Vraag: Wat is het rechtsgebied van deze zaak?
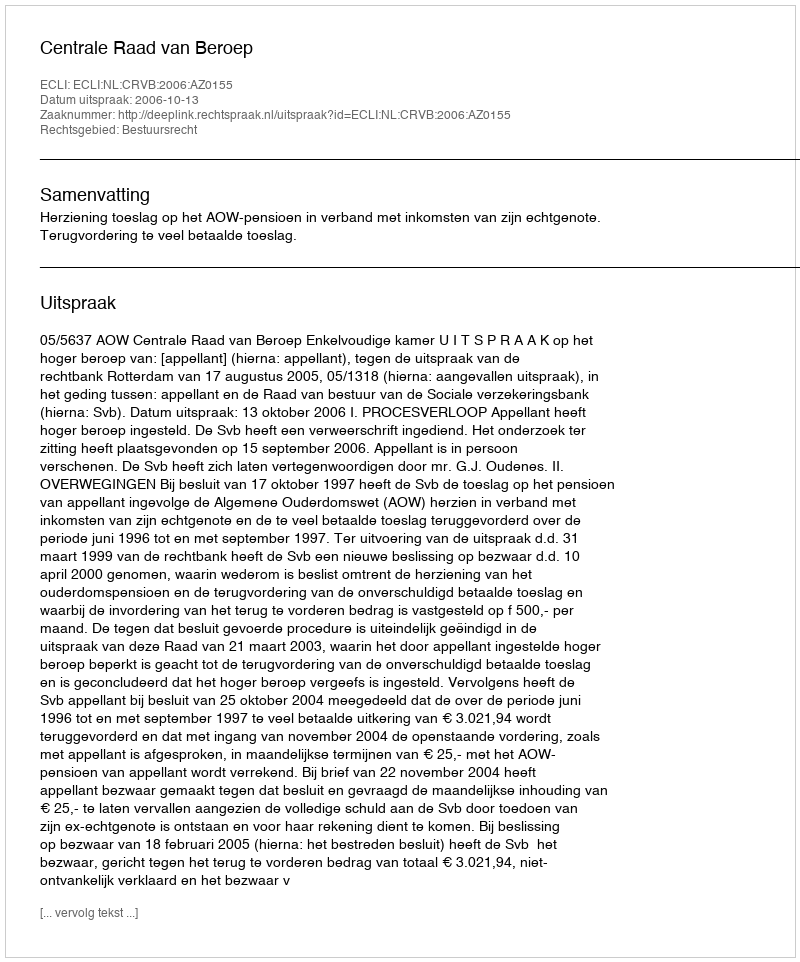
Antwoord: Bestuursrecht